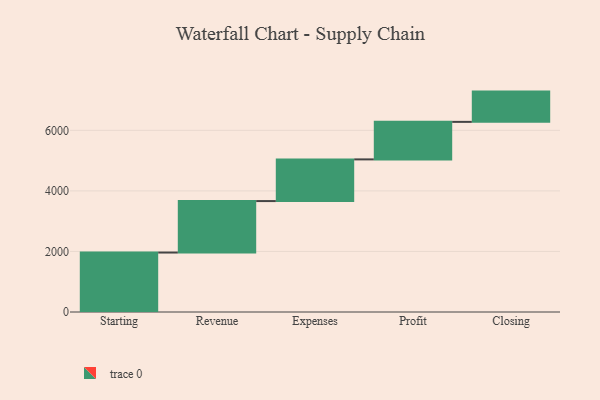
{"axis": {"x": "Step", "y": "Value"}, "legend": [""], "data": [{"x": "Starting", "y": 1964.0, "type": ""}, {"x": "Revenue", "y": 1700.0, "type": ""}, {"x": "Expenses", "y": 1377.0, "type": ""}, {"x": "Profit", "y": 1239.0, "type": ""}, {"x": "Closing", "y": 1000, "type": ""}]}